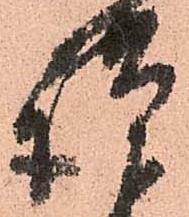
謹